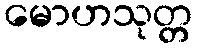
မောဟသုတ္တ